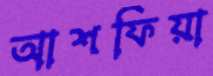
আশফিয়া